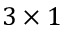
3 \times 1